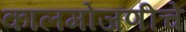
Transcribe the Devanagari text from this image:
कालमोजणीचे